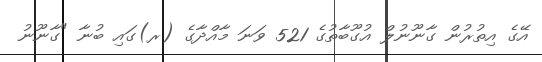
އޭގެ އިތުރުން ގާނޫނުލް އުގޫބާތުގެ 521 ވަނަ މާއްދާގެ (ރ)ގައި ބުނާ "ގާނޫނު